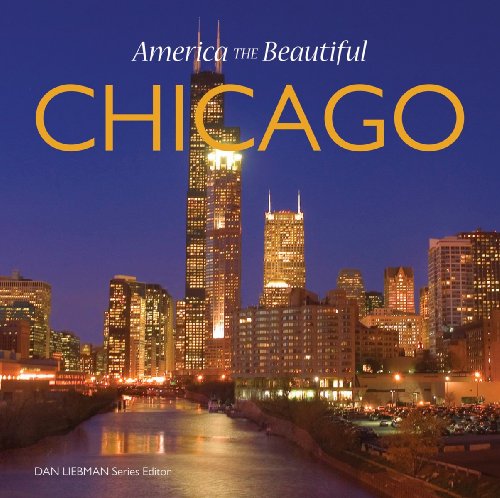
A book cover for Chicago (America the Beautiful); Jordan Worek; Arts & Photography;